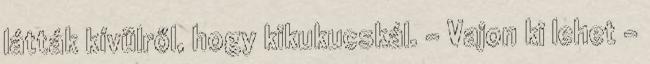
látták kívülről, hogy kikukucskál. - Vajon ki lehet -